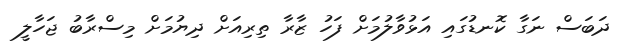
ދަބަސް ނަގާ ކޮނޑުގައި އަޅުވާލުމަށް ފަހު ޒާރާ ތިރިއަށް ދިޔުމަށް މިސްރާބު ޖަހާލީ